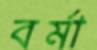
বর্মা